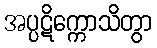
အပ္ပဋိက္ကောသိတွာ